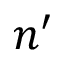
n ^ { \prime }